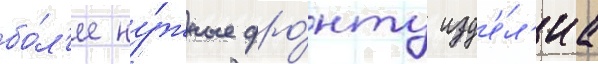
бо́л'ее ну́жные фро́нту изд'е́л'иа